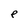
Character: e